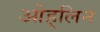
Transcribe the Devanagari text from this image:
ओह्‌लिन